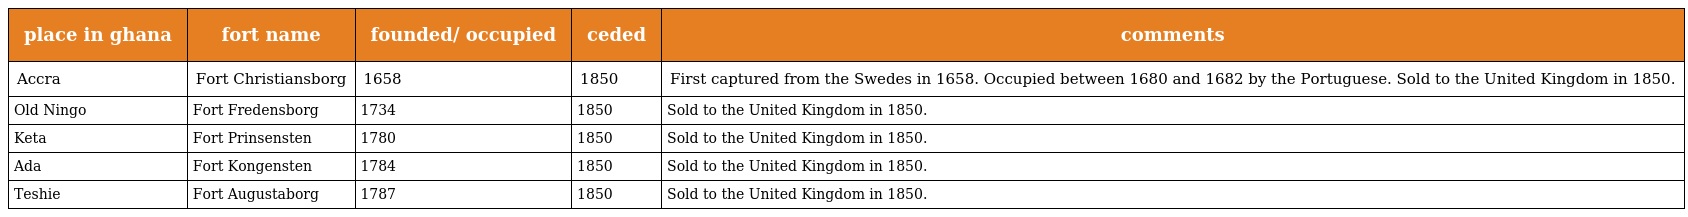
| place in ghana | fort name | founded/ occupied | ceded | comments |
 | --- | --- | --- | --- | --- |
 | Accra | Fort Christiansborg | 1658 | 1850 | First captured from the Swedes in 1658. Occupied between 1680 and 1682 by the Portuguese. Sold to the United Kingdom in 1850. |
 | Old Ningo | Fort Fredensborg | 1734 | 1850 | Sold to the United Kingdom in 1850. |
 | Keta | Fort Prinsensten | 1780 | 1850 | Sold to the United Kingdom in 1850. |
 | Ada | Fort Kongensten | 1784 | 1850 | Sold to the United Kingdom in 1850. |
 | Teshie | Fort Augustaborg | 1787 | 1850 | Sold to the United Kingdom in 1850. |